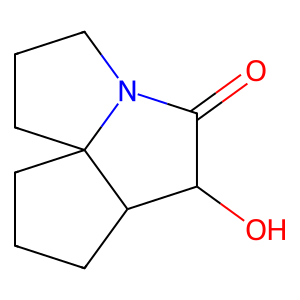
SMILES: O=C1C(O)C2CCCC23CCCN13
Inhibits HIV replication: No